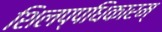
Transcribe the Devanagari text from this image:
शिलप्पधिकारम्‌